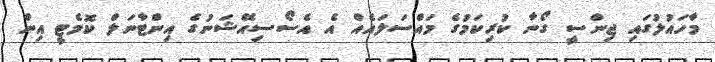
މާހައުލުގައި ޖިންސީ ގޯނާ ކުރިކަމުގެ މައްސަލައެއް އެ އެސޯސިއޭޝަނުގެ އިންޓާނަލް ކޮމެޓީ އިން